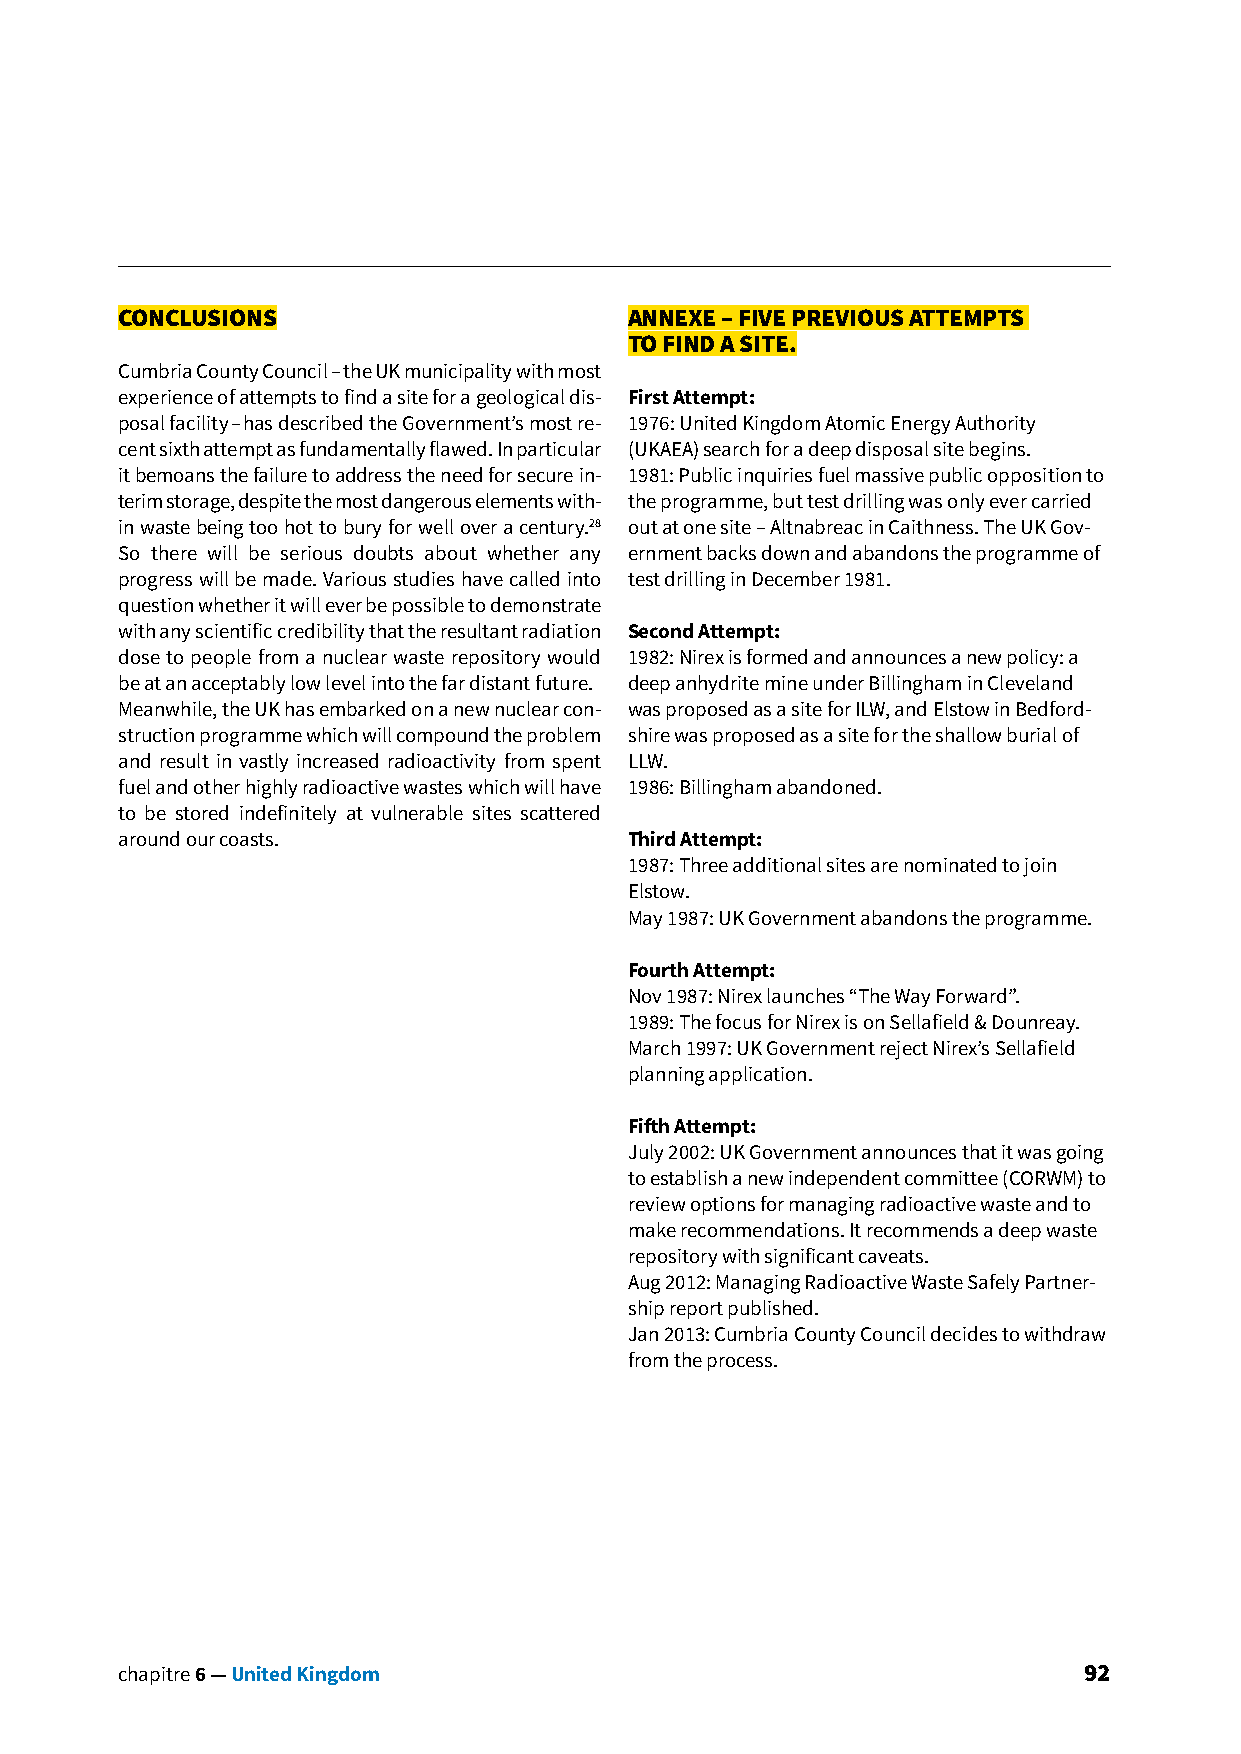
CONCLUSIONS                       ANNEXE – FIVE PREVIOUS ATTEMPTS
 TO FIND A SITE.
 Cumbria County Council – the UK municipality with most
 experience of attempts to find a site for a geological dis- First Attempt:
 posal facility – has described the Government’s most re- 1976: United Kingdom Atomic Energy Authority
 cent sixth attempt as fundamentally flawed. In particular (UKAEA) search for a deep disposal site begins.
 it bemoans the failure to address the need for secure in- 1981: Public inquiries fuel massive public opposition to
 terim storage, despite the most dangerous elements with- the programme, but test drilling was only ever carried
 in waste being too hot to bury for well over a century.28 out at one site – Altnabreac in Caithness. The UK Gov-
 So there will be serious doubts about whether any ernment backs down and abandons the programme of
 progress will be made. Various studies have called into test drilling in December 1981.
 question whether it will ever be possible to demonstrate
 with any scientific credibility that the resultant radiation Second Attempt:
 dose to people from a nuclear waste repository would 1982: Nirex is formed and announces a new policy: a
 be at an acceptably low level into the far distant future. deep anhydrite mine under Billingham in Cleveland
 Meanwhile, the UK has embarked on a new nuclear con- was proposed as a site for ILW, and Elstow in Bedford-
 struction programme which will compound the problem shire was proposed as a site for the shallow burial of
 and result in vastly increased radioactivity from spent LLW.
 fuel and other highly radioactive wastes which will have 1986: Billingham abandoned.
 to be stored indefinitely at vulnerable sites scattered
 around our coasts.                Third Attempt:
 1987: Three additional sites are nominated to join
 Elstow.
 May 1987: UK Government abandons the programme.
 Fourth Attempt:
 Nov 1987: Nirex launches “The Way Forward”.
 1989: The focus for Nirex is on Sellafield & Dounreay.
 March 1997: UK Government reject Nirex’s Sellafield
 planning application.
 Fifth Attempt:
 July 2002: UK Government announces that it was going
 to establish a new independent committee (CORWM) to
 review options for managing radioactive waste and to
 make recommendations. It recommends a deep waste
 repository with significant caveats.
 Aug 2012: Managing Radioactive Waste Safely Partner-
 ship report published.
 Jan 2013: Cumbria County Council decides to withdraw
 from the process.
 chapitre 6 — United Kingdom                                     92